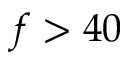
f > 4 0